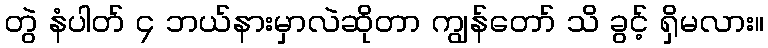
တွဲ နံပါတ် ၄ ဘယ်နားမှာလဲဆိုတာ ကျွန်တော် သိ ခွင့် ရှိမလား။